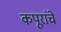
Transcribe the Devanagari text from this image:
कपूरांचे